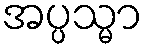
အပ္ပသ္မာ